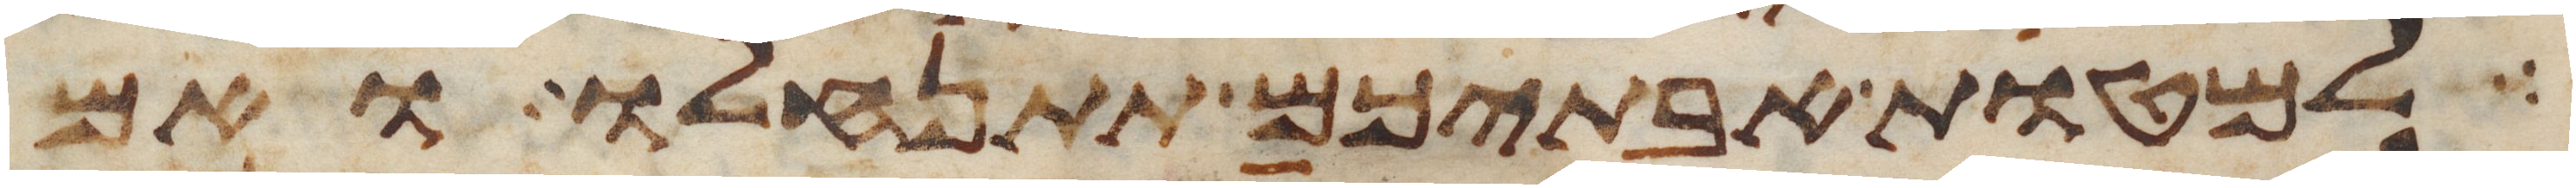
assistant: למטות אבתיכם תתנחלו ואם